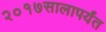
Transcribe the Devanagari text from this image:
२०१७सालापर्यंत